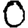
Digit: 0